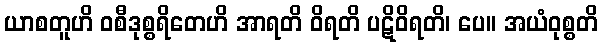
ယာစတူဟိ ဝစီဒုစ္စရိတေဟိ အာရတိ ဝိရတိ ပဋိဝိရတိ၊ ပေ။ အယံဝုစ္စတိ